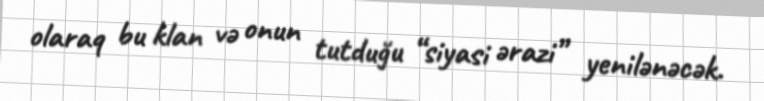
olaraq bu klan və onun tutduğu “siyasi ərazi” yenilənəcək.